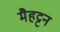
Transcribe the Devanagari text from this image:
मैहट्टन